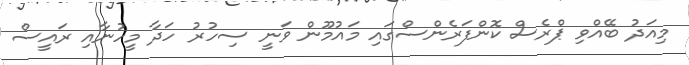
މިއަދު ބޭއްވި ޕްރެސް ކޮންފަރެންސްގައި މައުމޫން ވަނީ ސިހުރު ހަދާ މީހުނާއި ރައީސް